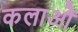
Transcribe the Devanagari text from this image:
कलाओें